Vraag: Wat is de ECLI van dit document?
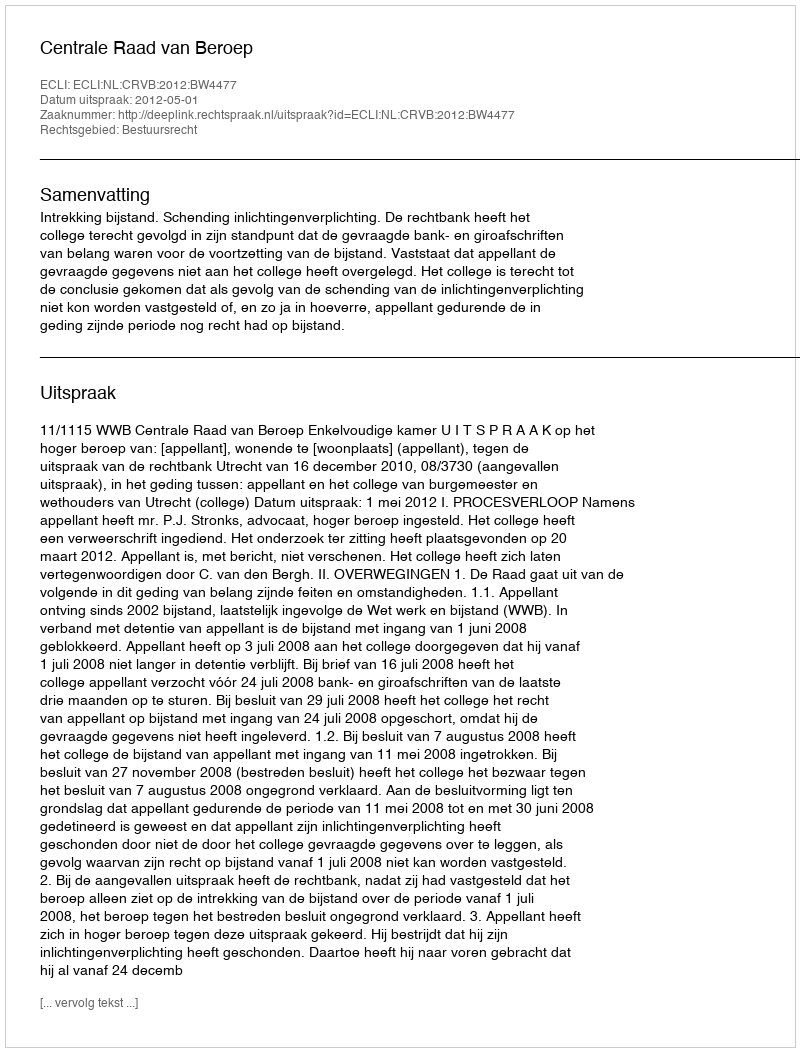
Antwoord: ECLI:NL:CRVB:2012:BW4477